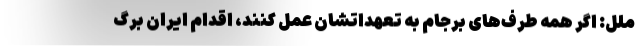
ملل: اگر همه طرف‌های برجام به تعهداتشان عمل کنند، اقدام ایران برگ